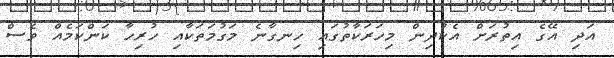
އަދި އޭގެ އިތުރަށް އެކުދިން މިހަރަކާތުގައި ހިނގާނެ މަގުމަތަކާއި ހުރިހާ ކަންކަމެއް ވެސް